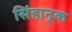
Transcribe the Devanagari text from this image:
सिंहानुक